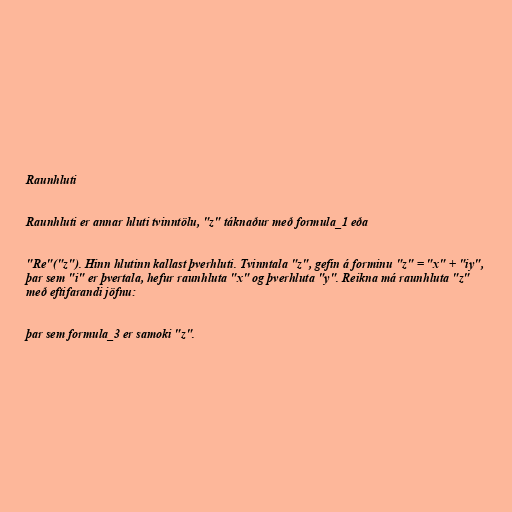
Raunhluti

Raunhluti er annar hluti tvinntölu, "z" táknaður með formula_1 eða

"Re"("z"). Hinn hlutinn kallast þverhluti. Tvinntala "z", gefin á forminu "z" = "x" + "iy",
þar sem "i" er þvertala, hefur raunhluta "x" og þverhluta "y". Reikna má raunhluta "z"
með eftifarandi jöfnu:

þar sem formula_3 er samoki "z".